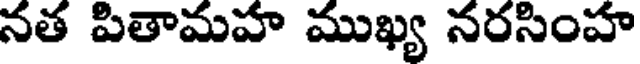
నత పితామహ ముఖ్య నరసింహ